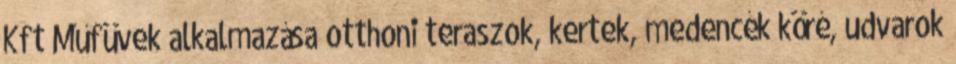
Kft Műfüvek alkalmazása otthoni teraszok, kertek, medencék köré, udvarok